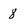
Character: 8